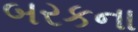
બરકના